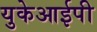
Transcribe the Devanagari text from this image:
युकेआईपी